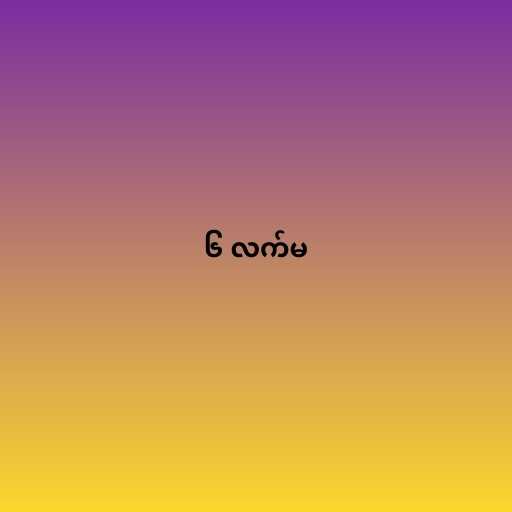
၆ လက်မ